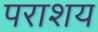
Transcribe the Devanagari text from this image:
पराशय